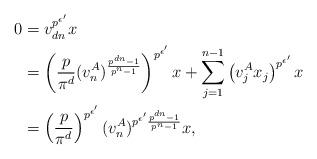
LaTeX: \begin{align*} 0 &= v_{dn}^{p^{\epsilon^{\prime}}} x \\ &= \left( \frac{p}{\pi^d}(v_n^A)^{\frac{p^{dn}-1}{p^n-1}}\right)^{p^{\epsilon^{\prime}}}x + \sum_{j=1}^{n-1} \left( v_j^Ax_j \right)^{p^{\epsilon^{\prime}}}x \\ &= \left(\frac{p}{\pi^d}\right)^{p^{\epsilon^{\prime}}} (v_n^A)^{p^{\epsilon^{\prime}}\frac{p^{dn}-1}{p^n-1}} x,\end{align*}